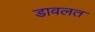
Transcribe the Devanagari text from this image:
डावलत